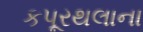
કપૂરથલાના